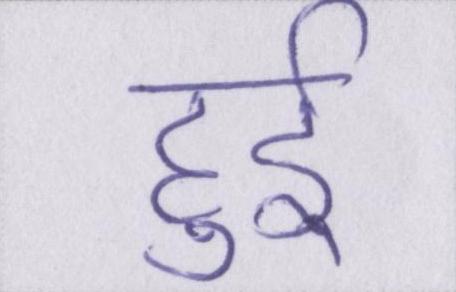
हुर्इ